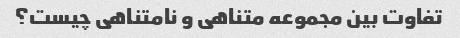
تفاوت بین مجموعه متناهی و نامتناهی چیست؟